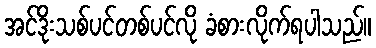
အင်ဒိုးသစ်ပင်တစ်ပင်လို ခံစားလိုက်ရပါသည်။